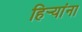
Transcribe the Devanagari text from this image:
हिर्‍यांना